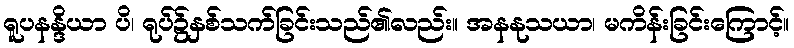
ရူပနန္ဒိယာ ပိ၊ ရုပ်၌နှစ်သက်ခြင်းသည်၏လည်း။ အနနုသယာ၊ မကိန်းခြင်းကြောင့်။